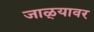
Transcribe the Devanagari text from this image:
जाळ्यावर